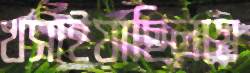
খসাইয়াছিলাম